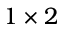
1 \times 2